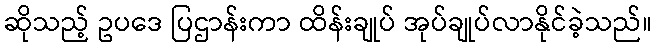
ဆိုသည့် ဥပဒေ ပြဌာန်းကာ ထိန်းချုပ် အုပ်ချုပ်လာနိုင်ခဲ့သည်။